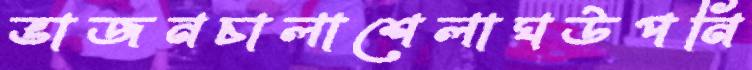
ভাজনচালাশেলাঘউপনি